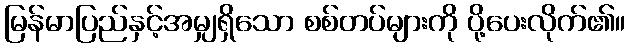
မြန်မာပြည်နှင့်အမျှရှိသော စစ်တပ်များကို ပို့ပေးလိုက်၏။